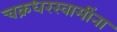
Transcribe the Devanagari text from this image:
चक्रधरस्वामींना